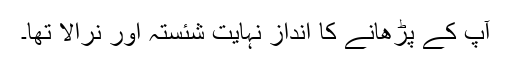
آپ کے پڑھانے کا انداز نہایت شئستہ اور نرالا تھا۔